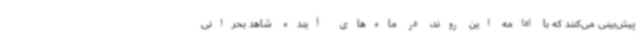
پیش‌بینی می‌کنند که با ادامه این روند، در ماه‌های آینده شاهد بحرانی